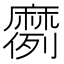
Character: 𫜗